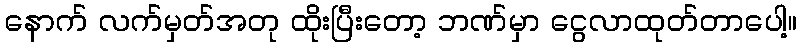
နောက် လက်မှတ်အတု ထိုးပြီးတော့ ဘဏ်မှာ ငွေလာထုတ်တာပေါ့။